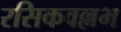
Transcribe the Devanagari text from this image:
रसिकवल्लभ